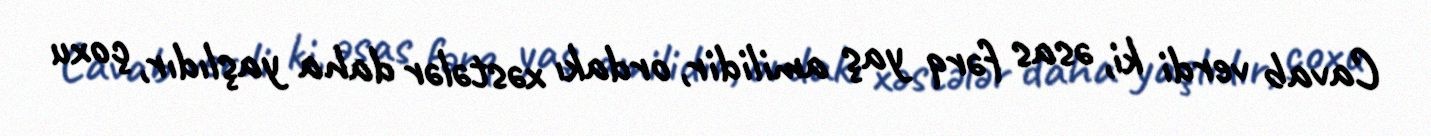
Cavab verdi ki, əsas fərq yaş amilidir, ordakı xəstələr daha yaşlıdır, çoxu